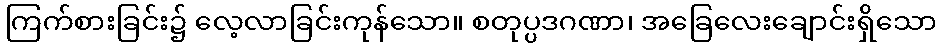
ကြက်စားခြင်း၌ လေ့လာခြင်းကုန်သော။ စတုပ္ပဒဂဏာ၊ အခြေလေးချောင်းရှိသော